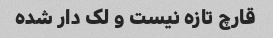
قارچ تازه نیست و لک دار شده